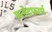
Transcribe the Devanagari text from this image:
प्रलेटफार्म